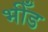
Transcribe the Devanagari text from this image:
भीँड